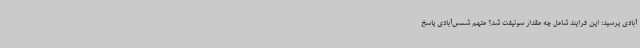
‌آبادی پرسید: این فرایند شامل چه مقدار سوئیفت شد؟ متهم شمس‌آبادی پاسخ